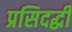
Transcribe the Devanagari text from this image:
प्रसिदद्धी